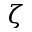
\zeta